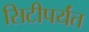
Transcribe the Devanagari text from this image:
सिटीपर्यंत